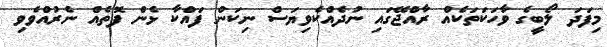
މިފަދަ ލޯބީގެ ވާހަކަތަކެއް ރާއްޖޭގައި ނުދެއްކެވިޔަސް ނިކަން ފައްކާ ޅެން ފޮތެއް ނެރުއްވެވި